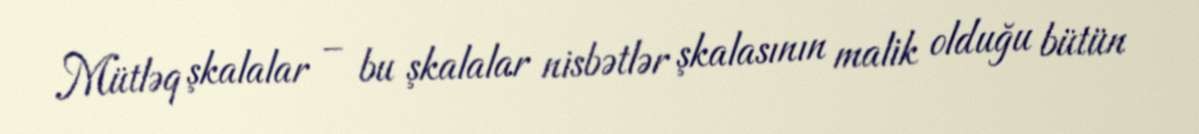
Mütləq şkalalar – bu şkalalar nisbətlər şkalasının malik olduğu bütün